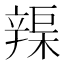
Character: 𨐣